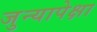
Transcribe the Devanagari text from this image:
जुन्यापेक्षा